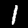
Label: 1